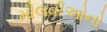
મૌલવીઓનો